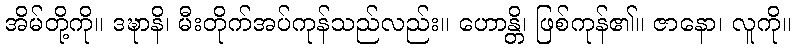
အိမ်တို့ကို။ ဒဍ္ဎာနိ၊ မီးတိုက်အပ်ကုန်သည်လည်း။ ဟောန္တိ၊ ဖြစ်ကုန်၏။ ဇာနော၊ လူကို။